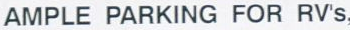
AMILE PARKING FOR RV's